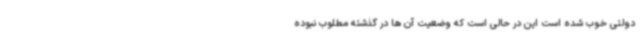
دولتی خوب شده است این در حالی است که وضعیت آن ها در گذشته مطلوب نبوده